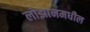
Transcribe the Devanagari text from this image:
लोझानमधील